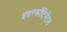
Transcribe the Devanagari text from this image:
इंडरकाँटिनेंटल